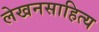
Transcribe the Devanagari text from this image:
लेखनसाहित्य